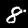
Label: 8